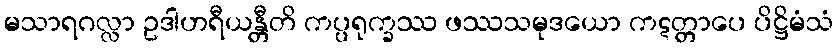
မသာရဂလ္လာ ဥဒါဟရီယန္တီတိ ကပ္ပရုက္ခဿ ဖဿသမုဒယော ကဋတ္တာပေ ပိဋ္ဌိမံသံ